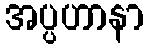
အပ္ပဟာနာ